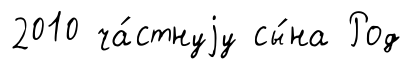
2010 ча́стнуjу сы́на Род